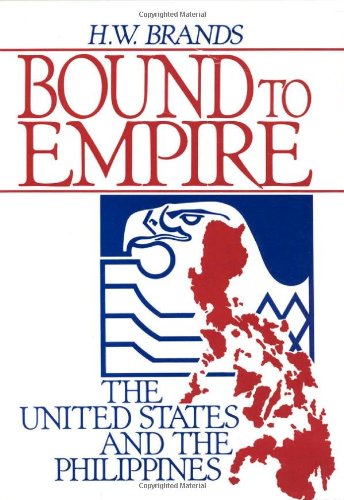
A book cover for Bound to Empire: The United States and the Philippines; H. W. Brands; History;